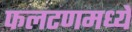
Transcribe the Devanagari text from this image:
फलटणमध्ये